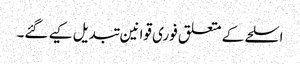
اسلحے کے متعلق فوری قوانین تبدیل کیے گئے۔